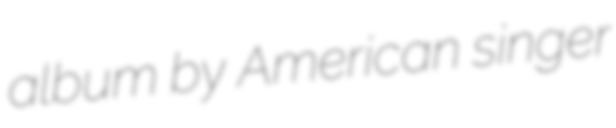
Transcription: album by American singer